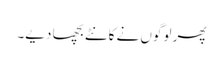
پھر لوگوں نے کانٹے بچھا دیے۔